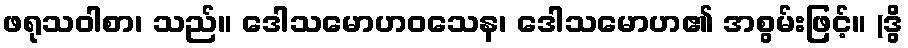
ဖရုသဝါစာ၊ သည်။ ဒေါသမောဟဝသေန၊ ဒေါသမောဟ၏ အစွမ်းဖြင့်။ (ဒွိ